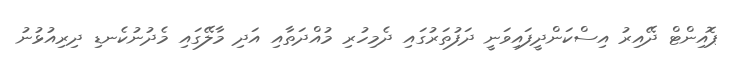
ޕޮއިންޓް ދޭއިރު އިސްކަންދީފައިވަނީ ދަފުތަރުގައި ދެމިހުރި މުއްދަތާއި އަދި މާލޭގައި މެދުނުކެނޑި ދިރިއުޅުނު